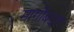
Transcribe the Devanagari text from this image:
मार्गोबद्दल